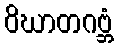
ဝိဃာတဂဗ္ဘံ